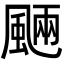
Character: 𩗾